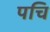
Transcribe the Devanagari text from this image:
पचि